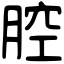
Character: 腔